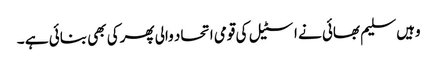
وہیں سلیم بھائی نے اسٹیل کی قومی اتحاد والی پھرکی بھی بنائی ہے ۔